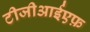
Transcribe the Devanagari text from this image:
टीजीआईएफ़